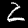
Digit: 2